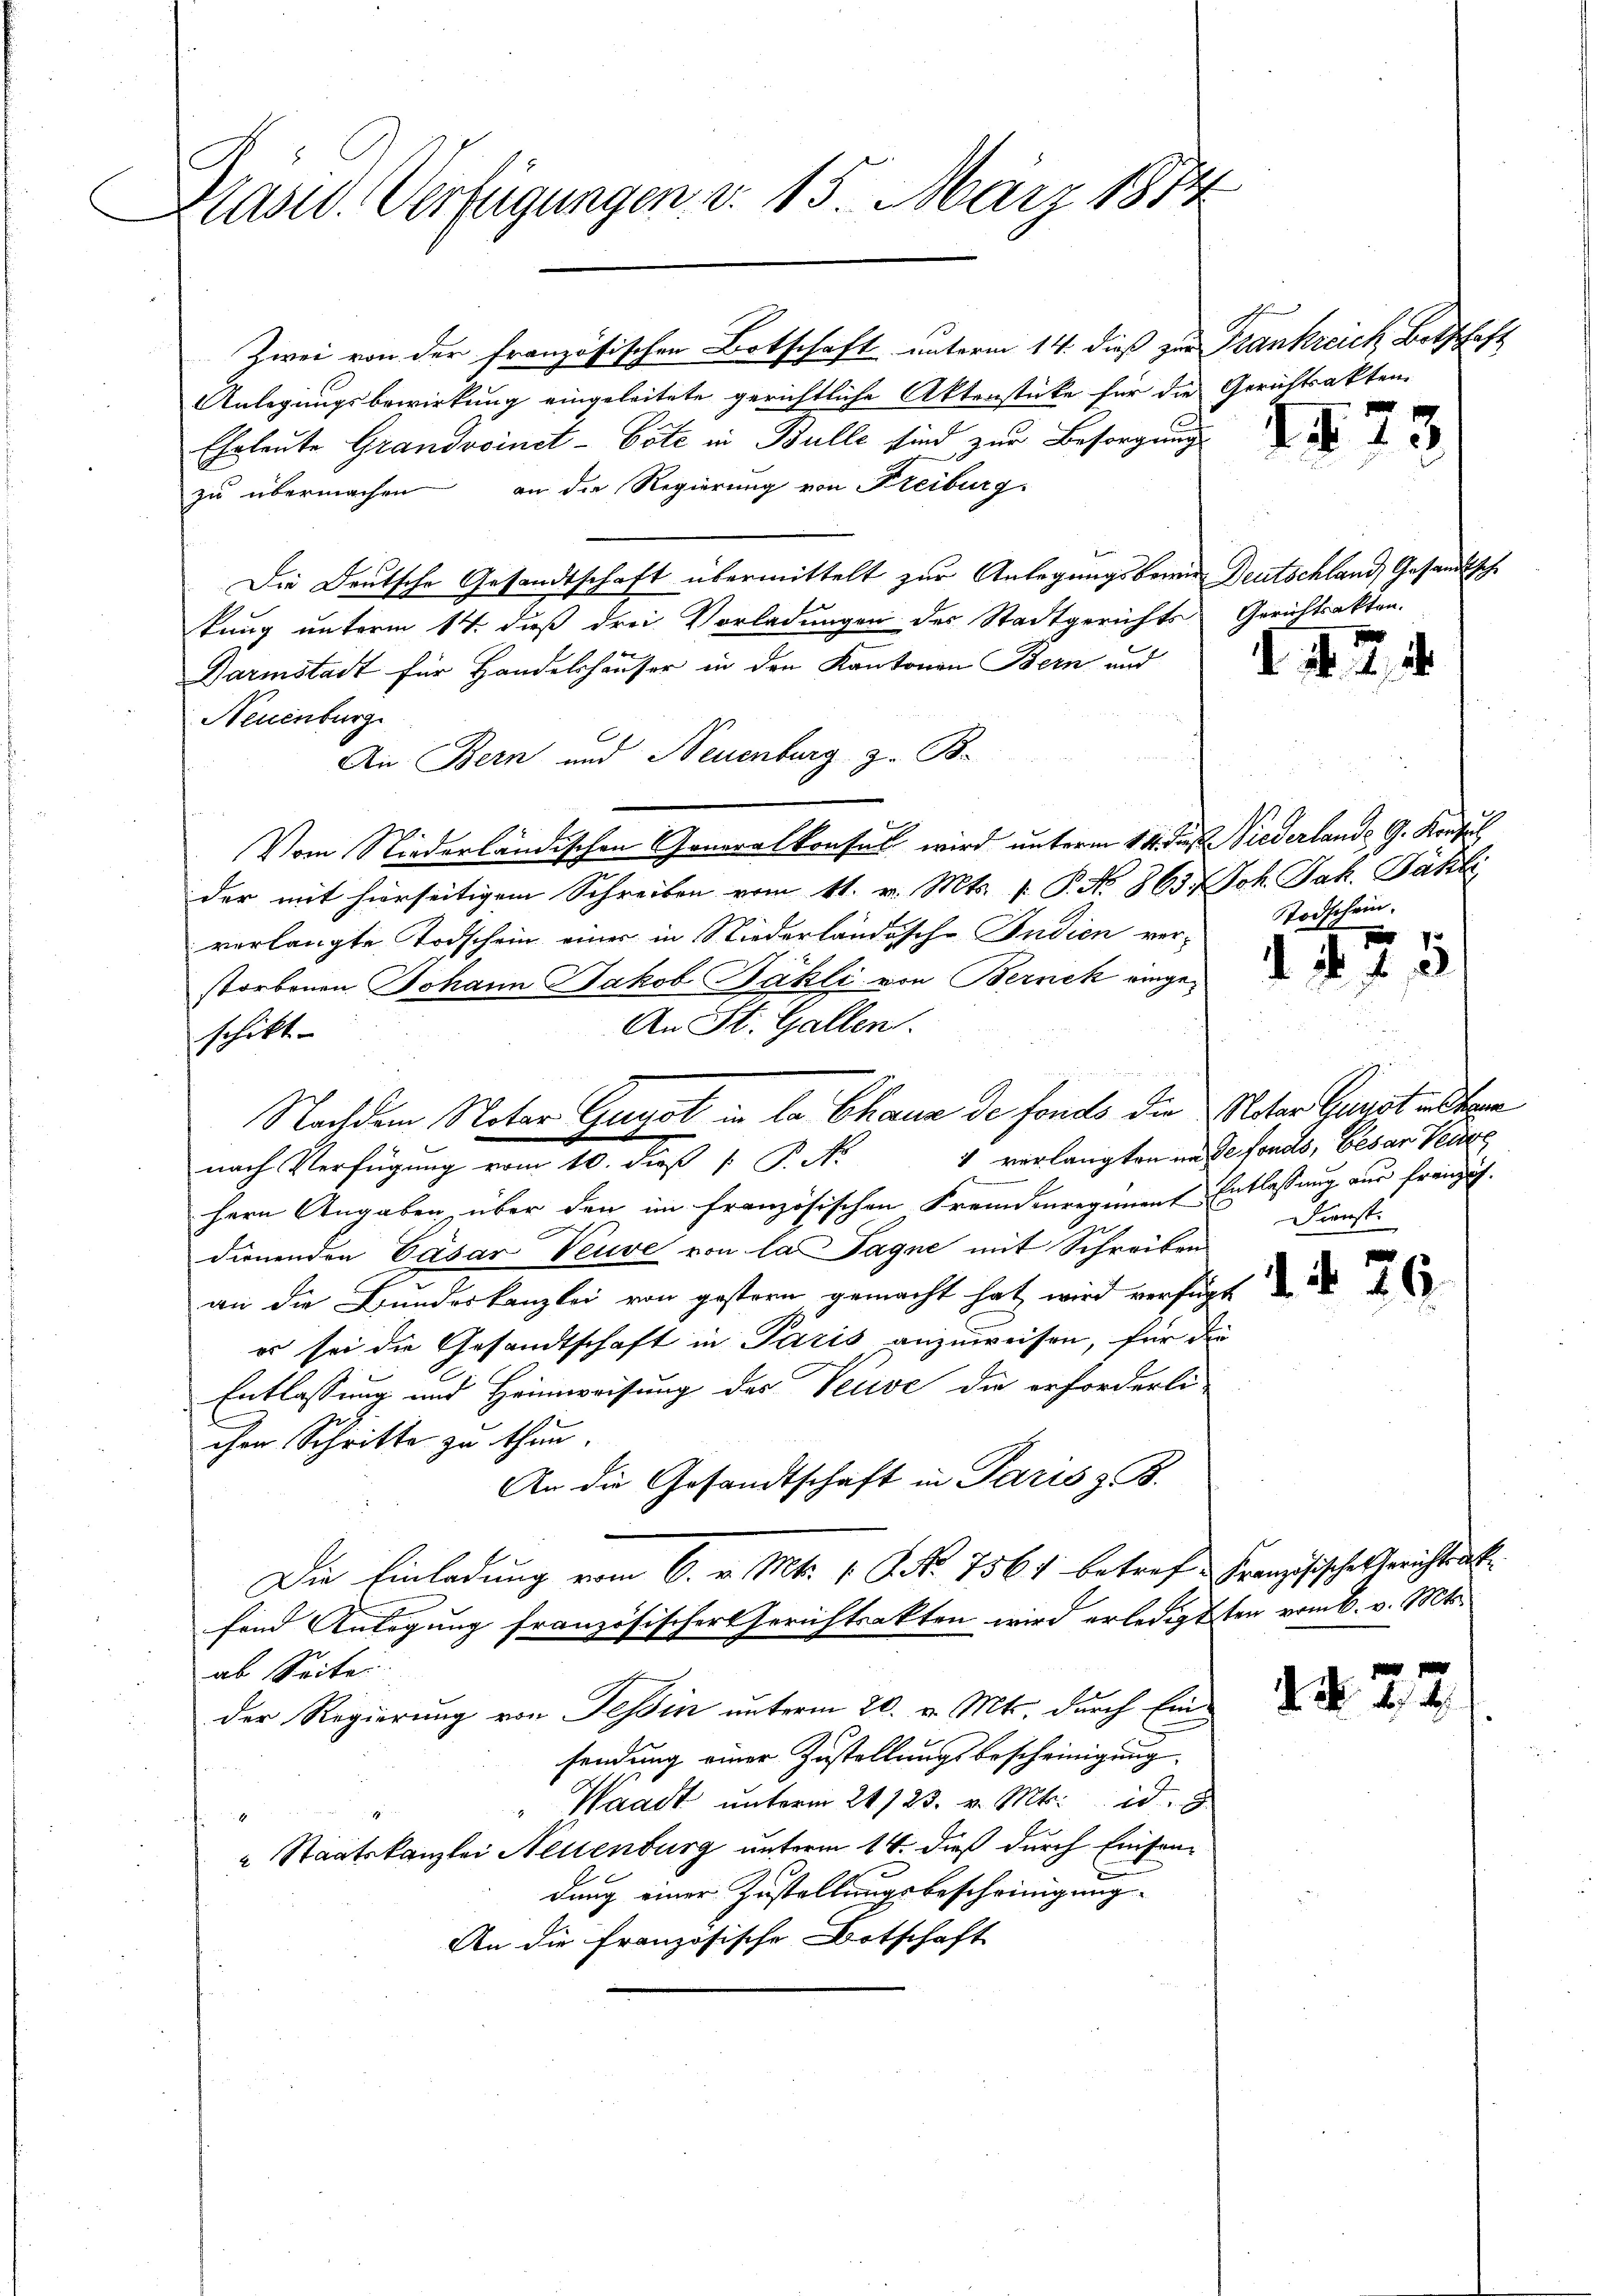
Präsid. Verfügungen d. 15. März 1874

Zwei von der französischen Botschaft unterm 14. dieß zur Frankreich Botschaft
Anlegungsbewirkung eingeleitete gerichtliche Aktenstücke für die Gerichtsakten
Eheleute Grandvoinet-Cote in Bulle sind zur Besorgung
an die Regierung von Freiburg
zu übermachen
Die Deutsche Gesandtschaft übermittelt zur Anlegungsberin Deutschland, Gesandtsche
tung unterm 14t dieß drei Vorladungen des Stadtgerichts Gerichtsakten.
Darmstadt für Handelshäuser in den Kantonen Bern und
Neuenburg
An Bern und Neuenburg z. B.
Vom Niederländischen Generalkonsul wird unterm 14. des Niederlande G. Konsul
der mit hierseitigem Schreiben vom 11. v. Mts. 1. P. No 863 Joh. Jak. Pähli
verlangte Todschein einer in Niederländische Indien verstorbenen Johann Jakob Bähli von Bernek einge¬
An St. Gallen.
schikt.
nach Verfügung vom 10. dieß [ P. Nr. 4 verlangten unde fonds, besar Verze
hern Angaben über den im französischen Fremdenregiment Entlassung aus französ.
dienenden Cäsar Veuve von la Tagne mit Schreiben
an die Bundeskanzlei von gestern gemacht hat wird verfügt
er sei die Gesandtschaft in Paris anzuweisen, für die
Entlassung und Heimweisung des Verive die erforderli-
cher Schritte zu thun.
An die Gesandtschaft in Paris z. B.
Die Einladung vom 6. v. Mts. 1. P. Nr. 7567 betref Französisches Gerichtsakt
sind Anlegung französischer Gerichtrakten wird erledigten vom k. v. Mts.
ab Seite
der Regierung von Tessin unterm 20. v. Mts. durch Einsendung einer Zustellungsbescheinigung
" Waadt unterm 21./23. v. Mt. id
.
 Staatskanzlei Neuenburg unterm 14. dieß durch Einsendung einer Zustellungsbescheinigung
An die französische Botschaft

Nachdem Notar Gugol in la Chaus de fonds die Unter Gunst und tem

1473.

Todschein.

275

Dienst.

N 2

26.